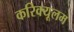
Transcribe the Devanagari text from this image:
करिक्यूलम